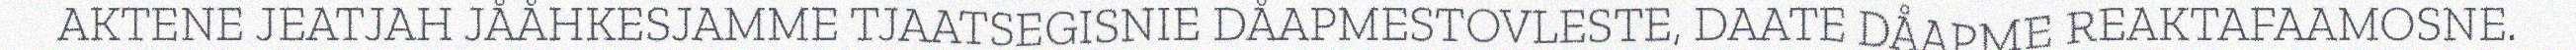
AKTENE JEATJAH JÅÅHKESJAMME TJAATSEGISNIE DÅAPMESTOVLESTE, DAATE DÅAPME REAKTAFAAMOSNE.